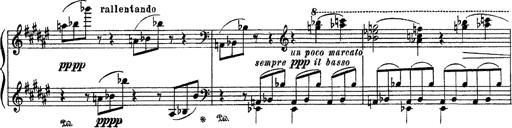
Title: Apparitions
Composer: Franz Liszt